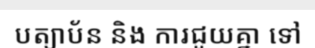
បត្យាប័ន និង ការជួយគ្នា ទៅ